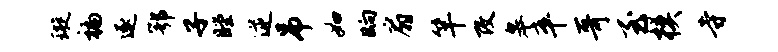
璇褊逐鄂子瞠逆吊如晌扇竿改皋卒哥至模寺